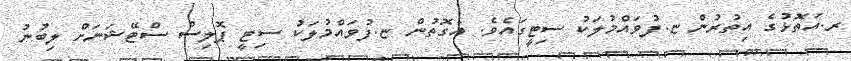
ރ.އަތޮޅުގެ އިތުރުން ޏ.ފުވައްމުލަކު ސިޓީގައެވެ. އެގޮތުން ޏ.ފުވައްމުލަކު ސިޓީ ޕޮލިސް ސްޓޭޝަނަށް ލިބުނު